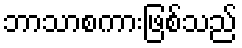
ဘာသာစကားဖြစ်သည်